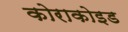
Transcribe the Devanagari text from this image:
कोराकोइड